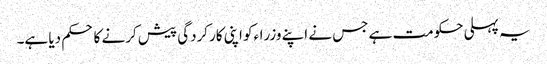
یہ پہلی حکومت ہے جس نے اپنے وزراءکو اپنی کارکردگی پیش کرنے کا حکم دیا ہے۔